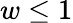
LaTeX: w\le 1